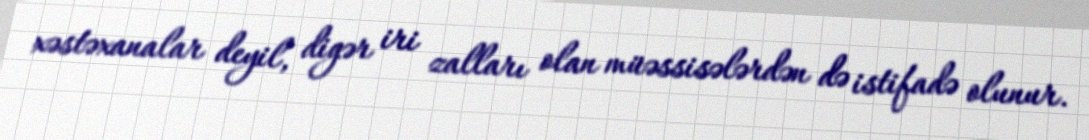
xəstəxanalar deyil, digər iri zalları olan müəssisələrdən də istifadə olunur.